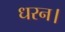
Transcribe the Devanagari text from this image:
धरन।